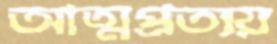
আত্মপ্রত্যয়